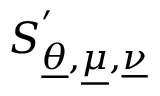
S _ { \underline { { \theta } } , \underline { { \mu } } , \underline { { \nu } } } ^ { ' }